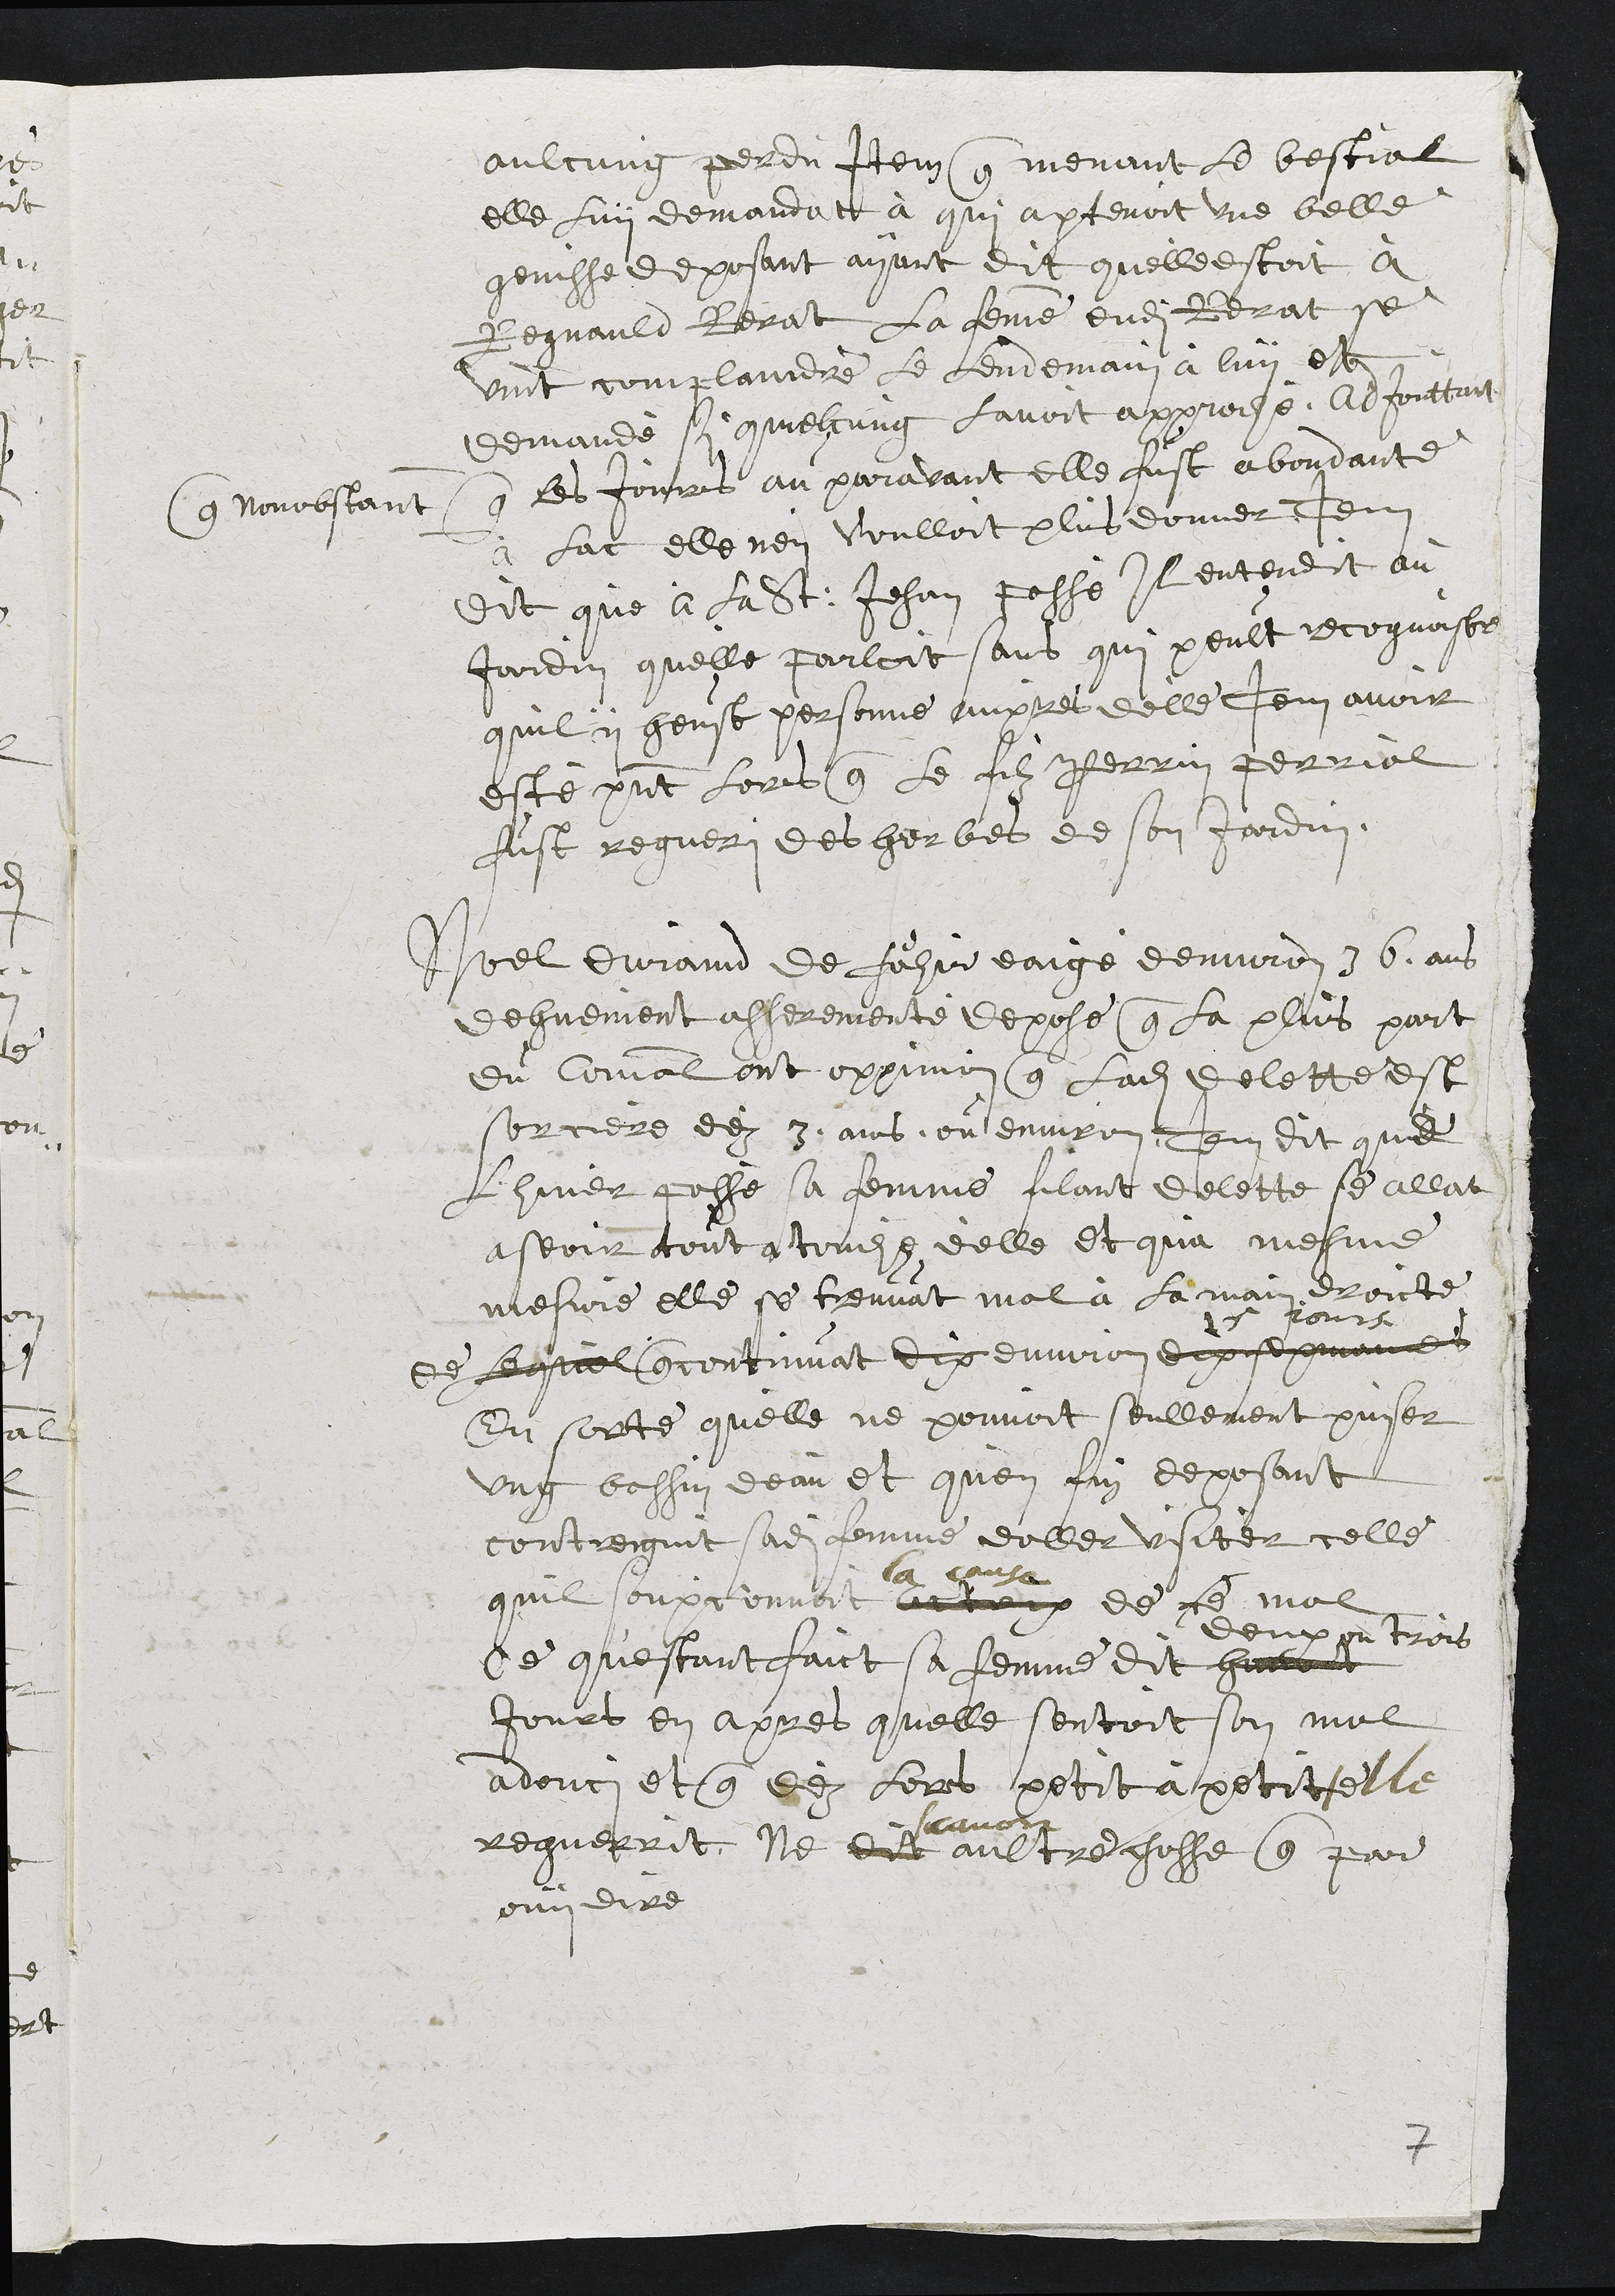
aulcung perdu Item que menant le bestial
elle luy demandat à qui apartenoit une belle
genisse deposant ayant dit quelle estoit à
Regnauld Rerat la femme dudit Rerat se
vint complaindre le lendemain à luy et
demandé si quelcung lavoit approché. Adjouttant
que nonobstant que les jours au paravant elle fust abondante
à lac elle n'en voulloit plus donner Item
Dit que a la St: Jehan passé Il entendit au
Jardin quelle parloit sans qui peult recognoistre
quil y heust personne aupres delle Item avoir
este pnt lors que le filz Perrin Perrial
fust regueri des herbes de son Jardin
Noel durand de Fahir eaigé denviron 36 ans
dehuement asserementé depose que la plus part
du Comal ont opinion que ladite delette est
sorciere dez 3 ans, ou environ Item dit que
lhiver passé sa femme filant delette se allat
aseoir tout a touche d'elle et qua mesme
mesure elle se treuvat mal à la main droicte
de lequel que continuat dix environ dix sepmaines
15 jours
En sorte quelle ne pouvoit seullement puiser
ung bassin deau et quen fin deposant
contreignit sadite femme daller visiter celle
quil soupconnoit actrix
la cause
de ce mal
Ce questant faict sa femme dit huitai
deux ou trois
Jours en apres quelle sentoit son mal
adouci et que dez lors petit à petit elle
reguerrit, Ne dit
scavoir
aultre chosse que par
ouy dire